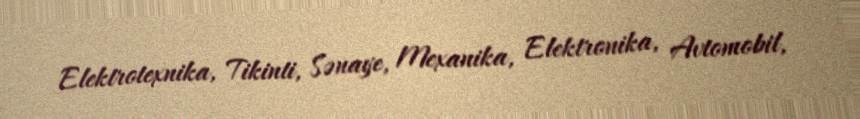
Elektrotexnika, Tikinti, Sənaye, Mexanika, Elektronika, Avtomobil,